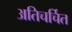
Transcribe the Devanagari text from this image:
अतिचर्चित